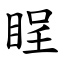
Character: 睈